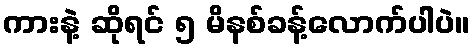
ကားနဲ့ ဆိုရင် ၅ မိနစ်ခန့်လောက်ပါပဲ။